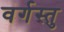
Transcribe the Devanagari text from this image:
वर्गस्तु